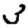
Digit: 3